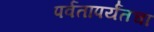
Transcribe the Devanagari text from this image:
पर्वतापर्यंतचा